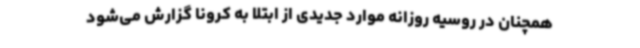
همچنان در روسیه روزانه موارد جدیدی از ابتلا به کرونا گزارش می‌شود